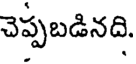
చెప్పబడినది